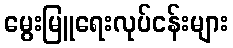
မွေးမြူရေးလုပ်ငန်းများ